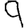
Digit: 9